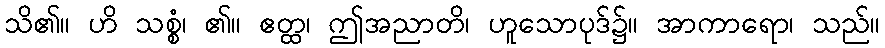
သိ၏။ ဟိ သစ္စံ၊ ၏။ ဧတ္ထ၊ ဤအညာတိ၊ ဟူသောပုဒ်၌။ အာကာရော၊ သည်။